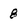
Character: 8